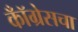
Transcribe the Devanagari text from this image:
कॉँग्रेसचा